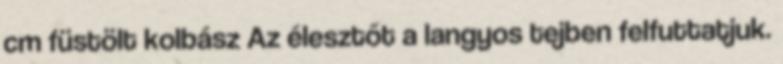
cm füstölt kolbász Az élesztőt a langyos tejben felfuttatjuk.